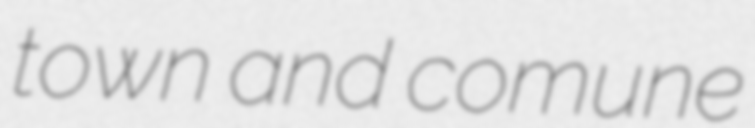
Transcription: town and comune